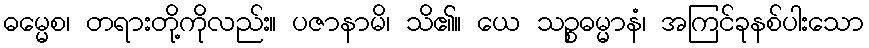
ဓမ္မေစ၊ တရားတို့ကိုလည်း။ ပဇာနာမိ၊ သိ၏။ ယေ သဉ္စဓမ္မာနံ၊ အကြင်ခုနစ်ပါးသော